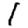
Digit: 1